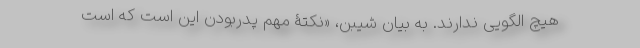
هیچ الگویی ندارند. به بیان شیبن، «نکتۀ مهم پدربودن این است که است